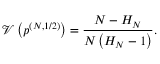
\mathcal { V } \left( \boldsymbol { p } ^ { ( N , 1 / 2 ) } \right) = \frac { N - H _ { N } } { N \left( H _ { N } - 1 \right) } .